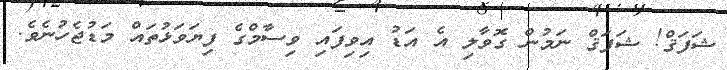
ޝަފަޤް! ޝަފަޤް ނަމުން ގޮވާލި އެ އަޑު އިވިފައި ވިސާމްގެ ފިޔަވަޅުތައް މަޑުޖެހުނެވެ.